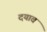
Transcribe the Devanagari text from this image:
दयावं